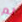
لم